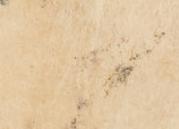
一